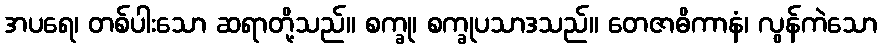
အပရေ၊ တစ်ပါးသော ဆရာတို့သည်။ စက္ခု၊ စက္ခုပသာဒသည်။ တေဇာဓိကာနံ၊ လွန်ကဲသော